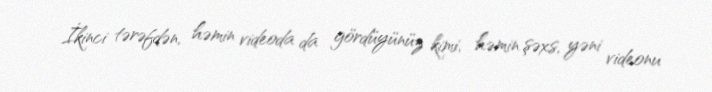
İkinci tərəfdən, həmin videoda da gördüyünüz kimi, həmin şəxs, yəni videonu